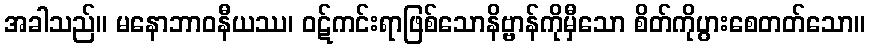
အခါသည်။ မနောဘာဝနီယဿ၊ ဝဋ်ကင်းရာဖြစ်သောနိဗ္ဗာန်ကိုမှီသော စိတ်ကိုပွားစေတတ်သော။